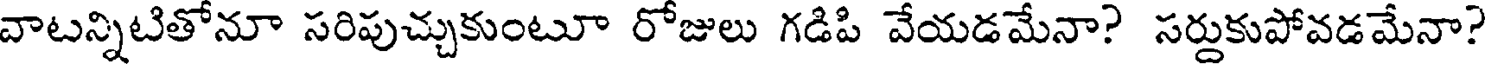
వాటన్నిటితోనూ సరిపుచ్చుకుంటూ రోజులు గడిపి వేయడమేనా? సర్దుకుపోవడమేనా?